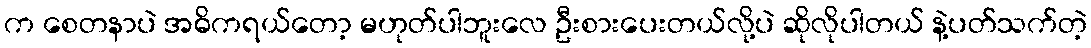
က စေတနာပဲ အဓိကရယ်တော့ မဟုတ်ပါဘူးလေ ဦးစားပေးတယ်လို့ပဲ ဆိုလိုပါတယ် နဲ့ပတ်သက်တဲ့